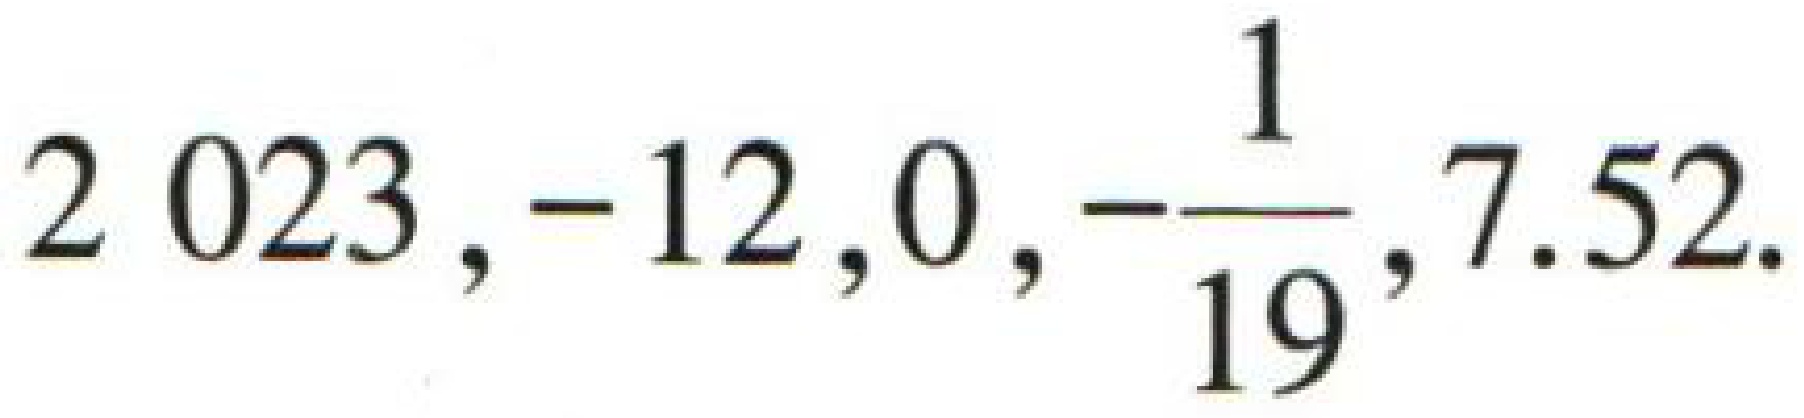
$2023, - 12,0,-\dfrac{1}{19},7.52.$